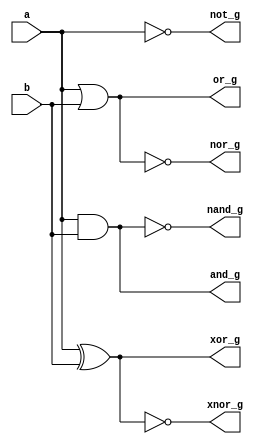
module gates(input a,b,output not_g,and_g,or_g,nand_g,nor_g,xor_g,xnor_g );


assign not_g=~a;
assign and_g=a&b;
assign or_g=a|b;
assign nand_g=~(a&b);
assign nor_g=~(a|b);
assign xor_g=a^b;
assign xnor_g=~(a^b);
endmodule